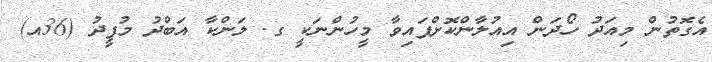
އެގޮތުން މިއަދު ހޯދަން އިއުލާންކޮށްފައިވާ މީހުންނަކީ ގ. ލަންކާ އަބްދު މުފީދު (36އ)